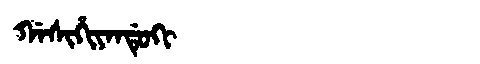
Manchu: ᡤᠠᠰᡳᡥᡳᠶᠠᠨᡩᡠᡴᡳ
Romanization: GASIHIYANDUKI